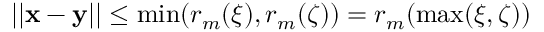
| | \mathbf x - \mathbf y | | \leq \operatorname* { m i n } ( r _ { m } ( \xi ) , r _ { m } ( \zeta ) ) = r _ { m } ( \operatorname* { m a x } ( \xi , \zeta ) )